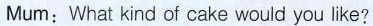
Mum;What kind of cake would you like?